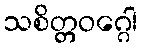
သစိတ္တဝဂ္ဂေါ